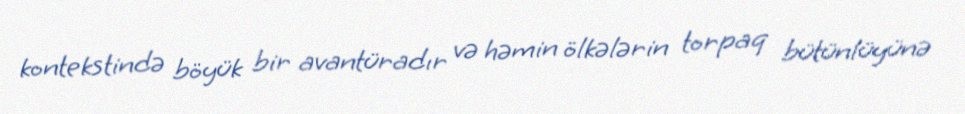
kontekstində böyük bir avantüradır və həmin ölkələrin torpaq bütünlüyünə